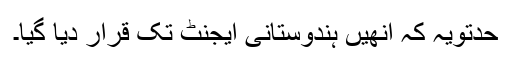
حدتویہ کہ انھیں ہندوستانی ایجنٹ تک قرار دیا گیا۔